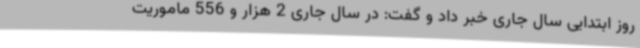
روز ابتدایی سال جاری خبر داد و گفت: در سال جاری 2 هزار و 556 ماموریت